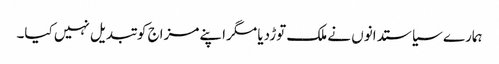
ہمارے سیاستدانوں نے ملک توڑدیا مگراپنے مزاج کو تبدیل نہیں کیا۔